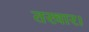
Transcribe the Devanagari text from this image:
तरवार।